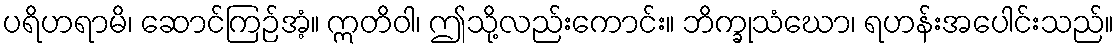
ပရိဟရာမိ၊ ဆောင်ကြဉ်အံ့။ ဣတိဝါ၊ ဤသို့လည်းကောင်း။ ဘိက္ခုသံဃော၊ ရဟန်းအပေါင်းသည်။